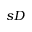
s D